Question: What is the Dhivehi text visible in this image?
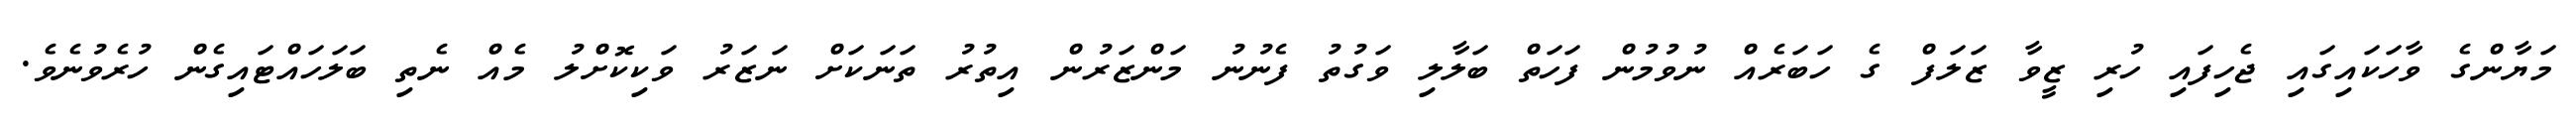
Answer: މަޔާންގެ ވާހަކައިގައި ޖެހިފައި ހުރި ޒީވާ ޒަލަފް ގެ ހަބަރެއް ނުވުމުން ފަހަތް ބަލާލި ވަގުތު ފެނުނު މަންޒަރުން އިތުރު ތަނަކަށް ނަޒަރު ވަކިކޮށްލު މެއް ނެތި ބަލަހައްޓައިގެން ހުރެވުނެވެ.